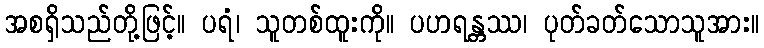
အစရှိသည်တို့ဖြင့်။ ပရံ၊ သူတစ်ထူးကို။ ပဟရန္တဿ၊ ပုတ်ခတ်သောသူအား။